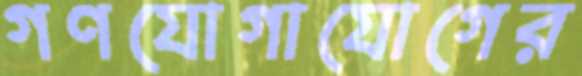
গণযোগাযোগের